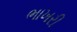
ભાખરી